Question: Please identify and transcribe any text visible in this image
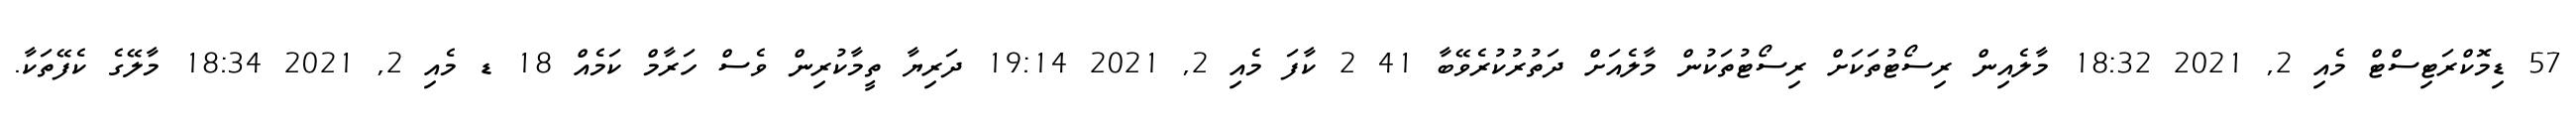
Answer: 57 ޑިމޮކްރަޓިސްޓް މެއި 2, 2021 18:32 މާލެއިން ރިސޯޓުތަކަށް ރިސޯޓުތަކުން މާލެއަށް ދަތުރުކުރެވޭބާ 41 2 ކާފަ މެއި 2, 2021 19:14 ދަރިޔާ ތީމާކުރިން ވެސް ހަރާމް ކަމެއް 18 ޑ މެއި 2, 2021 18:34 މާލޭގެ ކެފޭތަކާ.